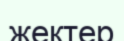
жектер